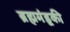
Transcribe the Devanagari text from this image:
ब्रह्ममंडूकी